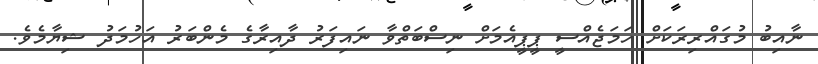
ނާއިބު މުގައްރިރަކަށް ހަމަޖެއްސީ ޕީޕީއެމަށް ނިސްބަތްވާ ނައިފަރު ދާއިރާގެ މެންބަރު އަހުމަދު ޝިޔާމެވެ.